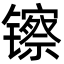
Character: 镲